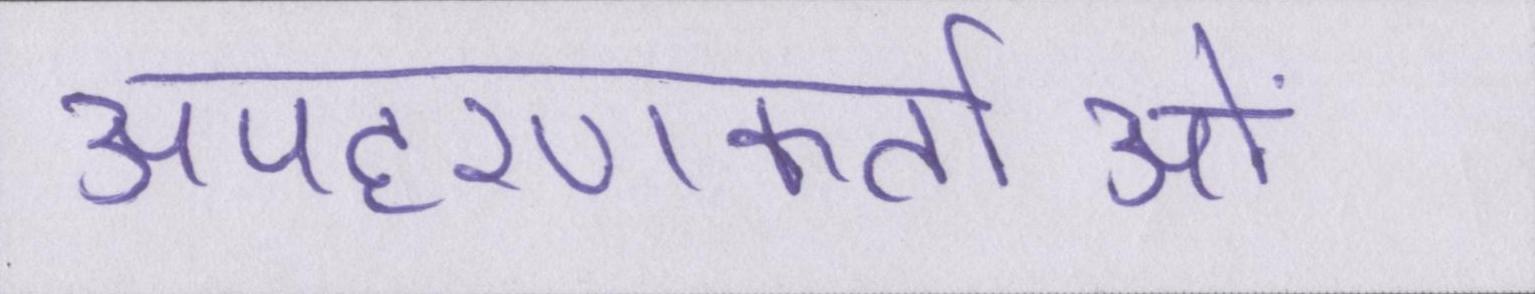
अपहरणकर्ताओं